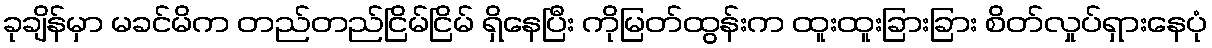
ခုချိန်မှာ မခင်မိက တည်တည်ငြိမ်ငြိမ် ရှိနေပြီး ကိုမြတ်ထွန်းက ထူးထူးခြားခြား စိတ်လှုပ်ရှားနေပုံ